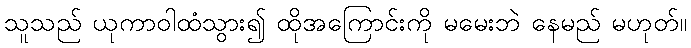
သူသည် ယုကာဝါထံသွား၍ ထိုအကြောင်းကို မမေးဘဲ နေမည် မဟုတ်။